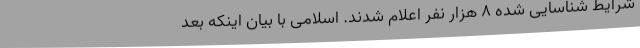
شرایط شناسایی شده ۸ هزار نفر اعلام شدند. اسلامی با بیان اینکه بعد